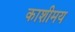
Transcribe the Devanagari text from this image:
काशीमय